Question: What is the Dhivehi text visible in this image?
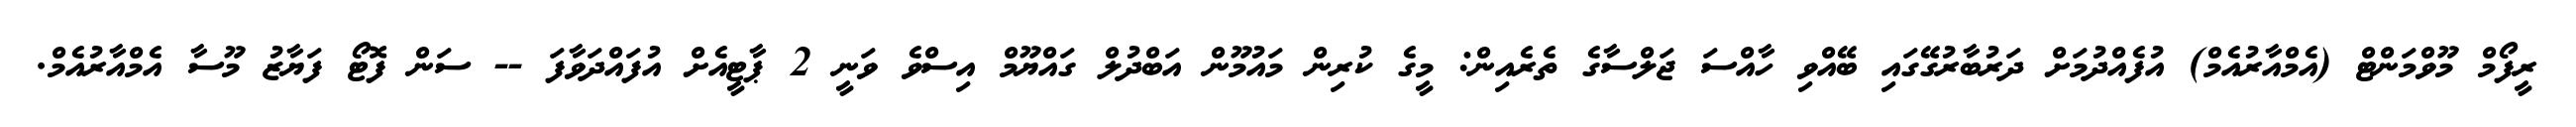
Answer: ރީފޯމް މޫވްމަންޓް (އެމްއާރުއެމް) އުފެއްދުމަށް ދަރުބާރުގޭގައި ބޭއްވި ހާއްސަ ޖަލްސާގެ ތެރެއިން: މީގެ ކުރިން މައުމޫން އަބްދުލް ގައްޔޫމް އިސްވެ ވަނީ 2 ޕާޓީއެށް އުފައްދަވާފަ -- ސަން ފޮޓޯ ފަޔާޒު މޫސާ އެމްއާރުއެމް.